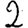
Digit: 2